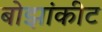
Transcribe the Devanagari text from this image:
बोझांकीट